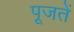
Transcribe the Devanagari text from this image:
पूजतें